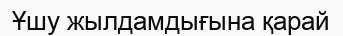
Ұшу жылдамдығына қарай